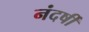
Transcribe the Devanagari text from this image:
नंदर्षी